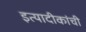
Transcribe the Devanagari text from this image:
इत्यादीकांची